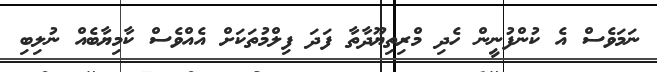
ނަމަވެސް އެ ކުންފުނީން ހެދި މްރިތިޔޫދާތާ ފަދަ ފިލްމުތަކަށް އެއްވެސް ކާމިޔާބެއް ނުލިބި